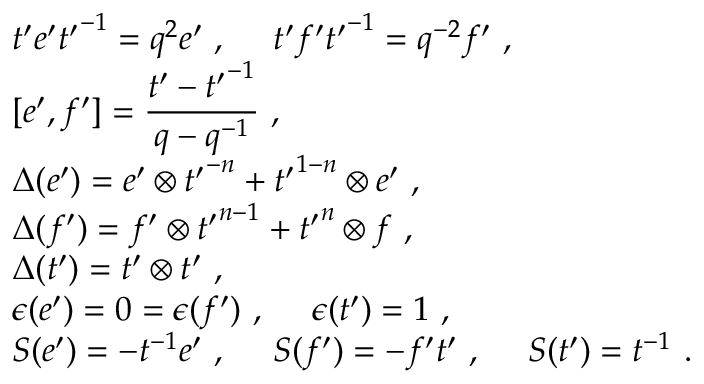
\begin{array} { l } { { t ^ { \prime } e ^ { \prime } { t ^ { \prime } } ^ { - 1 } = q ^ { 2 } e ^ { \prime } ~ , ~ ~ ~ ~ t ^ { \prime } f ^ { \prime } { t ^ { \prime } } ^ { - 1 } = q ^ { - 2 } f ^ { \prime } ~ , } } \\ { { [ e ^ { \prime } , f ^ { \prime } ] = \displaystyle \frac { t ^ { \prime } - { t ^ { \prime } } ^ { - 1 } } { q - q ^ { - 1 } } ~ , } } \\ { { \Delta ( e ^ { \prime } ) = e ^ { \prime } \otimes { t ^ { \prime } } ^ { - n } + { t ^ { \prime } } ^ { 1 - n } \otimes e ^ { \prime } ~ , } } \\ { { \Delta ( f ^ { \prime } ) = f ^ { \prime } \otimes { t ^ { \prime } } ^ { n - 1 } + { t ^ { \prime } } ^ { n } \otimes f ~ , } } \\ { { \Delta ( t ^ { \prime } ) = t ^ { \prime } \otimes t ^ { \prime } ~ , } } \\ { { \epsilon ( e ^ { \prime } ) = 0 = \epsilon ( f ^ { \prime } ) ~ , ~ ~ ~ ~ \epsilon ( t ^ { \prime } ) = 1 ~ , } } \\ { { S ( e ^ { \prime } ) = - t ^ { - 1 } e ^ { \prime } ~ , ~ ~ ~ ~ S ( f ^ { \prime } ) = - f ^ { \prime } t ^ { \prime } ~ , ~ ~ ~ ~ S ( t ^ { \prime } ) = t ^ { - 1 } ~ . } } \end{array}